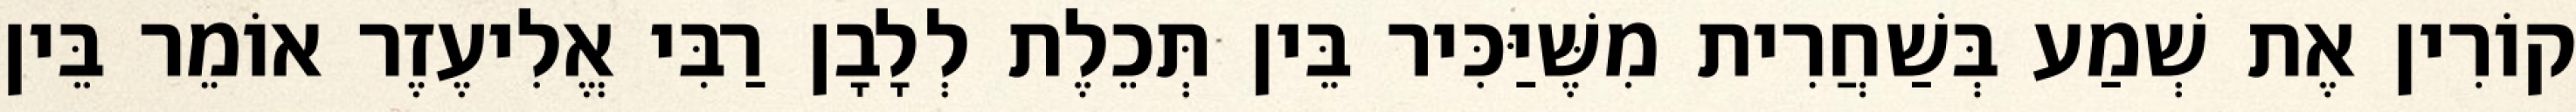
קוֹרִין אֶת שְׁמַע בְּשַׁחֲרִית מִשֶּׁיַּכִּיר בֵּין תְּכֵלֶת לְלָבָן רַבִּי אֱלִיעֶזֶר אוֹמֵר בֵּין